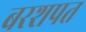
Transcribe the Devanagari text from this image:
बरशपत